Report on horse surra - Volume II, Part II
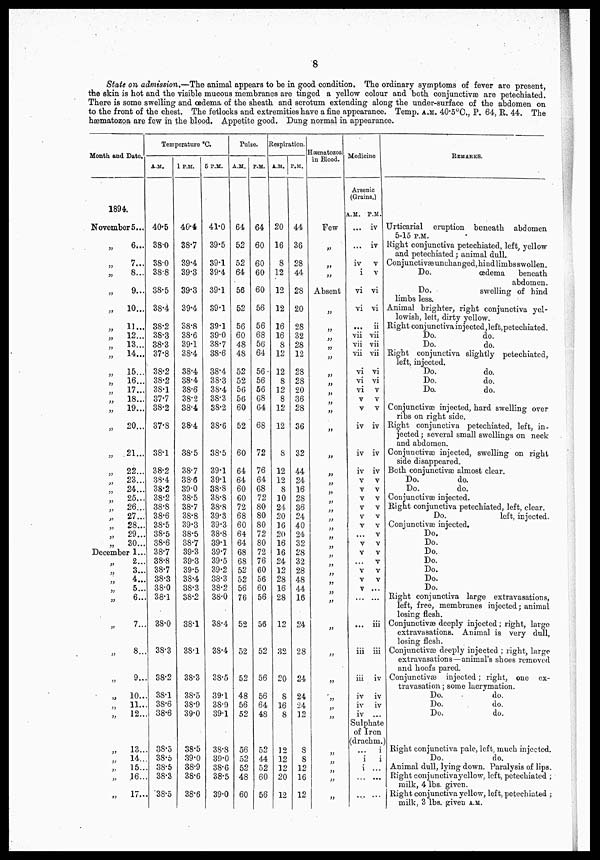
8
State on admission.—The animal appears to be in good condition. The ordinary symptoms of fever are present,
the skin is hot and the visible mucous membranes are tinged a yellow colour and both conjunctivæ are petechiated.
There is some swelling and œdema of the sheath and scrotum extending along the under-surface of the abdomen on
to the front of the chest. The fetlocks and extremities have a fine appearance. Temp. A.M. 40.5°C., P. 64, K. 44. The
hæmatozoa are few in the blood. Appetite good. Dung normal in appearance.
Month and Date. -
1894.
November 5...
„
„
„
„
„
„
„
„
„
„
„
„
„
„
„
„
„
„
„
„
„
„
„
„
„
„
6...
7...
8...
9...
10...
11...
12...
13...
14...
15...
16...
17...
18...
19...
20...
21...
22...
23...
24...
25...
26...
27...
28...
29...
30...
December 1...
„
„
„
„
„
„
„
„
„
„
„
„
„
„
„
„
„
2...
3...
4...
5...
6...
7..
8..
9..
10..
11..
12..
13..
14..
15..
16..
17..
Temperature °C.
A.M.
40.5
38.0
38.0
38.8
38.5
38.4
38.2
38.3
38.3
37.8
38.2
38.2
38.1
37.7
38.2
37.8
38.1
38.2
38.4
38.2
38.2
38.8
38.6
38.5
38.5
38.6
38.7
38.8
38.7
38.3
38.0
38.1
38.0
38.3
38.2
38.1
38.6
38.6
38.5
38.5
38.5
38.3
38.5
1 P.M.
40.4
38.7
39.4
39.3
39.3
39.4
38.8
38.6
39.1
38.4
38.4
38.4
38.6
38.2
38.4
38.4
38.5
38.7
38.6
39.0
38.5
38.7
38.8
39.3
38.5
38.7
39.3
39.3
39.5
38.4
38.3
38.2
38.1
38.1
38.3
38.5
38.9
39.0
38.5
39.0
38.9
38.6
38.6
5 P.M.
41.0
39.5
39.1
39.4
39.1
39.1
39.1
39.0
38.7
38.6
38.4
38.3
38.4
38.3
38.2
38.6
38.5
39.1
39.1
38.8
38.8
38.8
39.3
39.3
38.8
39.1
39.7
39.5
39.2
38.3
38.2
38.0
38.4
38.4
38.5
39.1
38.9
39.1
38.8
39.0
38.6
38.5
39.0
Pulse.
A.M.
64
52
52
64
56
52
56
60
48
48
52
52
56
56
60
52
60
64
64
60
60
72
68
60
64
64
68
68
52
52
56
76
52
52
52
48
56
52
56
52
52
48
60
P.M.
64
6.
60
60
60
56
56
68
56
64
56
56
56
68
64
68
72
76
64
68
72
80
80
80
72
80
72
76
60
56
60
56
56
52
56
56
64
48
52
44
52
60
56
Respiration.
A.M.
20
16
8
12
12
12
16
16
8
12
12
8
12
8
12
12
8
12
12
8
10
24
20
16
20
16
16
24
12
28
16
28
12
32
20
8
16
8
12
12
12
20
12
P.M.
44
36
28
44
28
20
28
32
28
12
28
28
20
36
28
36
32
44
24
16
28
36
24
40
24
32
28
32
28
48
44
16
24
28
24
24
24
12
8
8
12
16
12
Hæmatozoa
in Blood.
Few
„
„
„
Absent
„
„
„
„
„
„
„
„
„
„
„
„
„
„
„
„
„
„
„
„
„
„
„
„
„
„
„
„
„
„
„
„
„
„
„
„
„
„
„
„
Medicine
Arsenic
(Grains.)
A.M.
...
...
iv
i
vi
vi
...
vii
vii
vii
vi
vi
vi
v
v
iv
iv
iv
v
v
v
v
v
v
...
v
v
...
v
v
v
...
...
iii
iii
iv
iv
iv
P.M.
iv
iv
v
v
vi
vi
ii
vii
vii
vii
vi
vi
v
v
v
iv
iv
iv
v
v
v
v
v
v
v
v
v
v
v
v
...
...
iii
iii
iv
iv
iv
...
Sulphate
of Iron
(drachm.
...
i
i
...
...
i
i
...
...
...
REMARKS.
Urticarial eruption beneath abdomen
5-15 P.M.
Right conjunctiva petechiated, left, yellow
and petechiated; animal dull.
Conjunctivæ unchanged, hind limbs swollen.
Do.
œdema
beneath
abdomen.
Do.
swelling of hind
limbs less.
Animal brighter, right conjunctiva yel-
lowish, lelt, dirty yellow.
Right conjunctiva injected,left,petechiated.
Do.
do.
Do.
do.
Right conjunctiva slightly petechiated,
left, injected.
Do.
do.
Do.
do.
Do.
do.
Conjunctivas injected, hard swelling over
ribs on right side.
Right conjunctiva petechiated, left, in-
jected ; several small swellings on neck
and abdomen.
Conjunctivæ injected, swelling on right
side disappeared.
Both conjunctivæ almost clear.
Do.
do.
Do.
do.
Conjunctivæ injected.
Right conjunctiva petechiated, left, clear.
Do.
left, injected.
Conjunctivæ injected.
Do.
Do.
Do.
Do.
Do.
Do.
Do.
Right conjunctiva large extravasations,
left, free, membranes injected; animal
losing flesh.
Conjunctivæ deeply injected; right, largo
extravasations. Animal is very dull,
losing flesh.
Conjunctivæ deeply injected ; right, large
extravasations—animal's shoes removed
and hoofs pared.
Conjunctivas injected; right, one ex-
travasation : some lacrymation.
Do.
do.
Do.
do.
Do.
do.
Right conjunctiva pale, loft, much injected.
Do.
do.
Animal dull, lying down. Paralysis of lips.
Right conjunctivayellow, left, petechiated ;
milk, 4 lbs. given.
Right conjunctiva yellow, left, petechiated ;
milk, 3 lbs. given A.M.